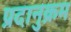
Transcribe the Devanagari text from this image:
प्रदानुक्रम